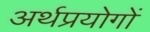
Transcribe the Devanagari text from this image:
अर्थप्रयोगों